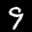
Digit: 9